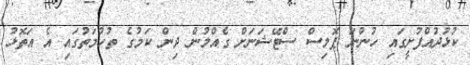
ކުޅުދުއްފުށީގައި ހުންނަ ޕޮލިސް ސްޓޭޝަނަށް ގެއްލުން ދިން ކަމުގެ ތުހުމަތުގައި އެ އަތޮޅު